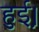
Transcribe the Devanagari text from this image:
हुई़़।